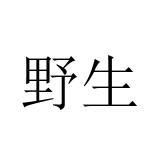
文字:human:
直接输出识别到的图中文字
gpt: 野生